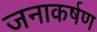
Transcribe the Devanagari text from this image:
जनाकर्षण